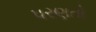
પરણતો